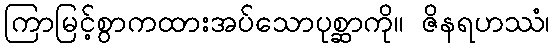
ကြာမြင့်စွာကထားအပ်သောပုစ္ဆာကို။ ဇိနရဟဿံ၊